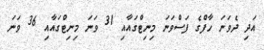
އަދި ދެވަނަ ހާފްގެ ފަސްވަނަ މިނިޓްގައާއި 31 ވަނަ މިނިޓްގައާއި 36 ވަނަ